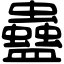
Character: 蠱